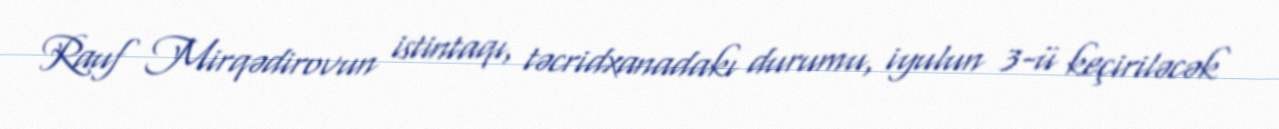
Rauf Mirqədirovun istintaqı, təcridxanadakı durumu, iyulun 3-ü keçiriləcək